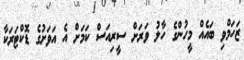
ޒަހަމްވި ބައެއް މީހުންގެ ހާލު ވަރަށް ސީރިއަސް ކަމަށް އެ އަވަށުގެ ޑޮކްޓަރަކާ